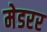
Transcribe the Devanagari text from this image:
मेडरर